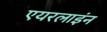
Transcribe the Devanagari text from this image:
एयरलाइंन